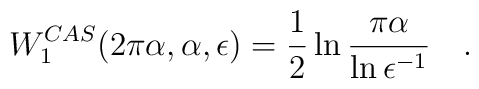
W_1^{CAS}(2\pi\alpha,\alpha,\epsilon)=\frac 12\ln{\pi\alpha \over\ln\epsilon^{-1}}~~~.